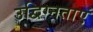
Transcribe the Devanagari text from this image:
उद्विग्नताएं